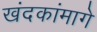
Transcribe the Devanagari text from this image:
खंदकांमागे